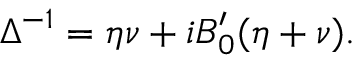
\Delta ^ { - 1 } = \eta \nu + i B _ { 0 } ^ { \prime } ( \eta + \nu ) .